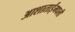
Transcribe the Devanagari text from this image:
आशाताईंमधली